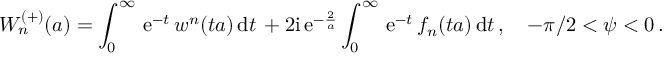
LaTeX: W _ { n } ^ { ( + ) } ( a ) = \int _ { 0 } ^ { \infty } \, \mathrm { e } ^ { - t } \, w ^ { n } ( t a ) \, \mathrm { d } t \, + { 2 \mathrm { i } } \, \mathrm { e } ^ { - { \frac { 2 } { a } } } \int _ { 0 } ^ { \infty } \, \mathrm { e } ^ { - t } \, f _ { n } ( t a ) \, \mathrm { d } t \, , \quad - \pi / 2 < \psi < 0 \, .